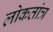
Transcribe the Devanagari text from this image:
लोकतांत्र